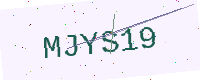
Text: MJYS19